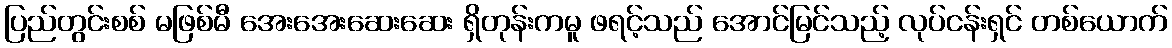
ပြည်တွင်းစစ် မဖြစ်မီ အေးအေးဆေးဆေး ရှိတုန်းကမူ ဖရင့်သည် အောင်မြင်သည့် လုပ်ငန်းရှင် တစ်ယောက်